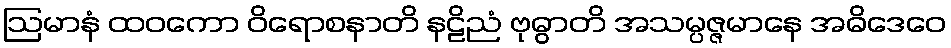
ဩမာနံ ထဝကော ဝိရောစနာတိ နဠိညံ ဗုဓွာတိ အသမ္ပဇ္ဇမာနေ အဓိဒေဝေ